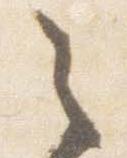
之